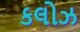
કલોઝ